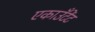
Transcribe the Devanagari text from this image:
एकाउँटेंट